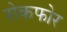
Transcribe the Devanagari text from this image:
रोकफोर